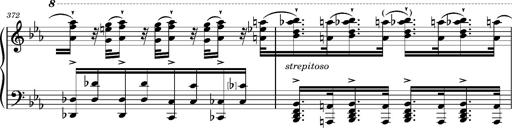
Title: Magyar rapszÃ³diÃ¡k
Composer: Franz Liszt